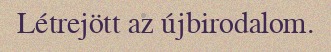
Létrejött az újbirodalom.